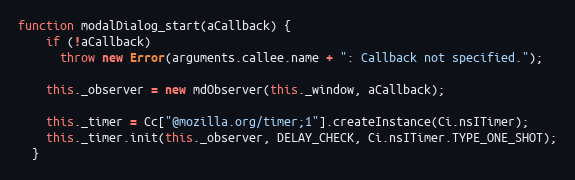
Language: JavaScript
function modalDialog_start(aCallback) {
    if (!aCallback)
      throw new Error(arguments.callee.name + ": Callback not specified.");

    this._observer = new mdObserver(this._window, aCallback);

    this._timer = Cc["@mozilla.org/timer;1"].createInstance(Ci.nsITimer);
    this._timer.init(this._observer, DELAY_CHECK, Ci.nsITimer.TYPE_ONE_SHOT);
  }